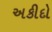
અકીદો